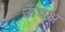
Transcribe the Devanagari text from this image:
ऊँचअ